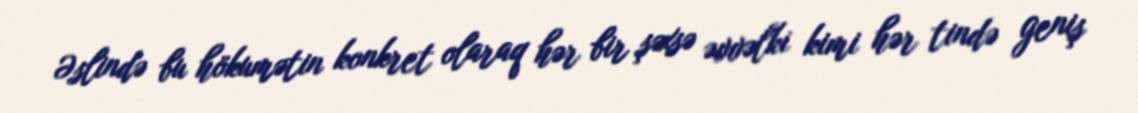
Əslində bu hökumətin konkret olaraq hər bir şəxsə əvvəlki kimi hər tində geniş